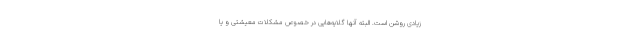
زیادی روشن است. البته آنها گلایه‌هایی در خصوص مشکلات معیشتی و یا